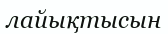
лайықтысын